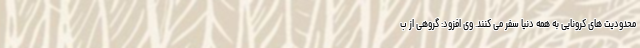
محدودیت های کرونایی به همه دنیا سفر می کنند. وی افزود: گروهی از ب